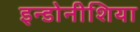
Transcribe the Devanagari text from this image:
इन्डोनीशिया